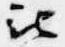
比